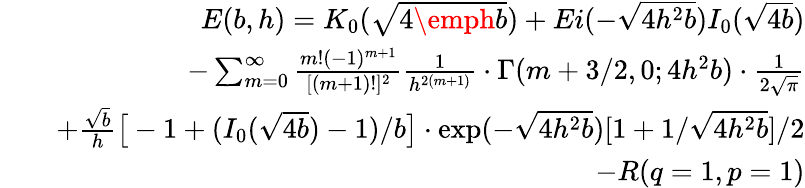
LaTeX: \begin{array}{rlr}&{}&{E(b,h)=K_{0}(\sqrt{4\emph{b}})+Ei(-\sqrt{4h^{2}b})I_{0}(\sqrt{4b})}\\ &{}&{-\sum_{m=0}^{\infty}{\frac{m!(-1)^{m+1}}{[(m+1)!]^{2}}}{\frac{1}{h^{2(m+1)}}}\cdot\Gamma(m+3/2,0;4h^{2}b)\cdot{\frac{1}{2\sqrt{\pi}}}}\\ &{}&{+{\frac{\sqrt{b}}{h}}\big[-1+(I_{0}(\sqrt{4b})-1)/b\big]\cdot\exp(-\sqrt{4h^{2}b})[1+1/\sqrt{4h^{2}b}]/2}\\ &{}&{-R(q=1,p=1)}\end{array}